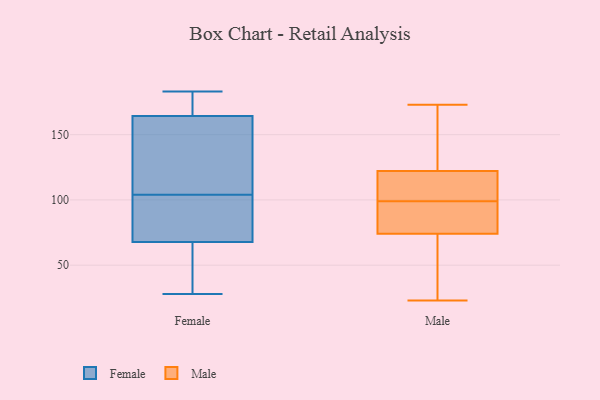
{"axis": {"x": "Headcount", "y": "Value"}, "legend": ["Female", "Male"], "data": [{"x": "", "y": 177, "type": "Female"}, {"x": "", "y": 88, "type": "Female"}, {"x": "", "y": 104, "type": "Female"}, {"x": "", "y": 168, "type": "Female"}, {"x": "", "y": 183, "type": "Female"}, {"x": "", "y": 153, "type": "Female"}, {"x": "", "y": 62, "type": "Female"}, {"x": "", "y": 28, "type": "Female"}, {"x": "", "y": 51, "type": "Female"}, {"x": "", "y": 85, "type": "Female"}, {"x": "", "y": 153, "type": "Female"}, {"x": "", "y": 77, "type": "Male"}, {"x": "", "y": 99, "type": "Male"}, {"x": "", "y": 157, "type": "Male"}, {"x": "", "y": 77, "type": "Male"}, {"x": "", "y": 65, "type": "Male"}, {"x": "", "y": 144, "type": "Male"}, {"x": "", "y": 103, "type": "Male"}, {"x": "", "y": 90, "type": "Male"}, {"x": "", "y": 115, "type": "Male"}, {"x": "", "y": 102, "type": "Male"}, {"x": "", "y": 49, "type": "Male"}, {"x": "", "y": 23, "type": "Male"}, {"x": "", "y": 173, "type": "Male"}]}